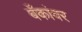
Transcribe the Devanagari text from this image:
बँकांवर